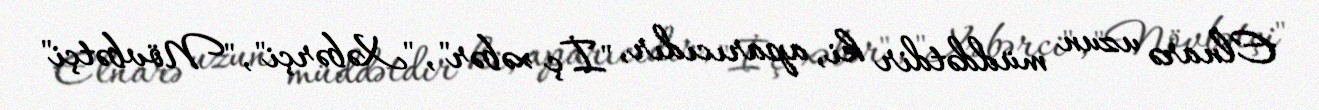
Elnarə uzun müddətdir ki, aparıcıdır, "İç xəbər", "Xəbərçi", "Növbətçi"